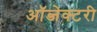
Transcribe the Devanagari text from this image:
ऑब्जेक्टरी